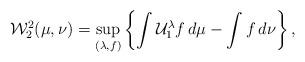
LaTeX: \begin{align*}\mathcal{W}_{2}^{2}(\mu,\nu)=\sup_{(\lambda,f)}\left\{ \int \mathcal{U}^{\lambda}_{1}f\,d\mu- \int f\,d\nu \right\},\end{align*}